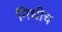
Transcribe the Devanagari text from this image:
निधीच